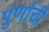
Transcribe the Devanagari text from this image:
पुर्णाची